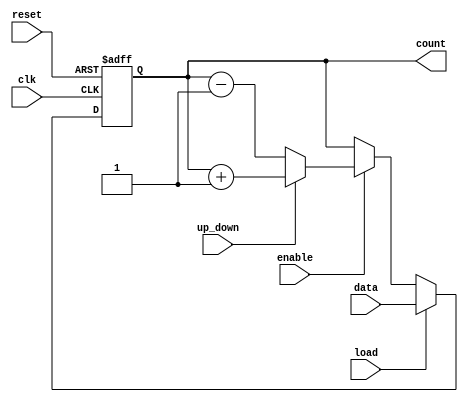
module synchronous_load_counter (
    input wire clk,             // Clock signal
    input wire reset,           // Asynchronous reset signal
    input wire load,            // Load signal
    input wire [3:0] data,      // Data input for loading the counter (4-bit)
    input wire enable,          // Count enable signal
    input wire up_down,         // Count direction control: 1 for up, 0 for down
    output reg [3:0] count      // Current count value (4-bit)
);

// Asynchronous reset to zero
always @(posedge clk or posedge reset) begin
    if (reset) begin
        count <= 4'b0000;       // Reset the counter to zero
    end else if (load) begin
        count <= data;          // Load the data input value into the counter
    end else if (enable) begin
        if (up_down) begin
            count <= count + 1; // Increment count
        end else begin
            count <= count - 1; // Decrement count
        end
    end
end

endmodule